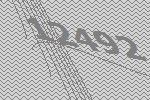
12492